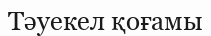
Тәуекел қоғамы